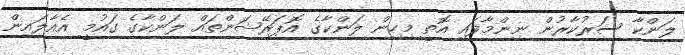
ލަންކާ ސަރުކާރުން ނިންމާފައި އޮތީ މިހިން ލަންކާގެ އޮޕަރޭޝަންތައް ލަންކާގެ ގައުމީ އެއާލައިން